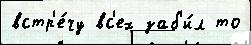
встр'е́чу вс'ех заб'и́л то